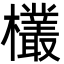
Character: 欉